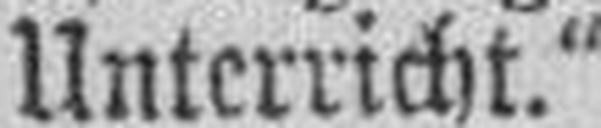
Unterricht."